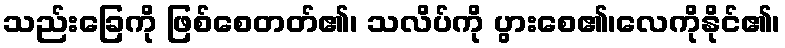
သည်းခြေကို ဖြစ်စေတတ်၏၊ သလိပ်ကို ပွားစေ၏၊လေကိုနိုင်၏၊